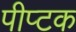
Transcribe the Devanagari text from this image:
पीप्टक